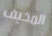
المخيف